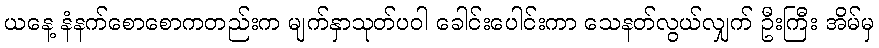
ယနေ့ နံနက်စောစောကတည်းက မျက်နှာသုတ်ပဝါ ခေါင်းပေါင်းကာ သေနတ်လွယ်လျှက် ဦးကြီး အိမ်မှ